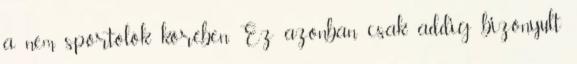
a nem sportolók körében. Ez azonban csak addig bizonyult